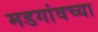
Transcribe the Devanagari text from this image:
मडगांवच्या